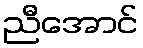
ညီအောင်